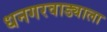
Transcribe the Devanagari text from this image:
धनगरवाड्याला